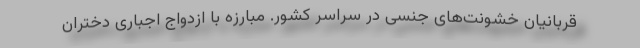
قربانیان خشونت‌های جنسی در سراسر کشور. مبارزه با ازدواج اجباری دختران